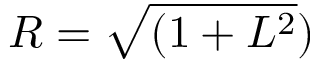
R = \sqrt { ( 1 + L ^ { 2 } } )